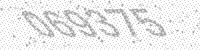
Solution: 069375